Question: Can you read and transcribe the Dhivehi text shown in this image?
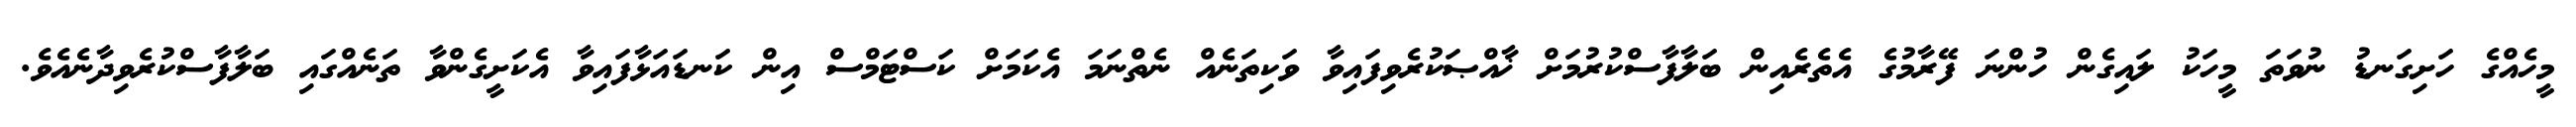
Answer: މީހެއްގެ ހަށިގަނޑު ނުވަތަ މީހަކު ލައިގެން ހުންނަ ފޭރާމުގެ އެތެރެއިން ބަލާފާސްކުރުމަށް ޚާއްޞަކުރެވިފައިވާ ވަކިތަނެއް ނެތްނަމަ އެކަމަށް ކަސްޓަމްސް އިން ކަނޑައަޅާފައިވާ އެކަށީގެންވާ ތަނެއްގައި ބަލާފާސްކުރެވިދާނެއެވެ.